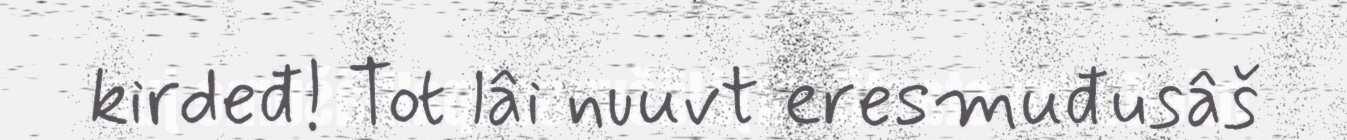
kirdeđ! Tot lâi nuuvt eresmuđusâš